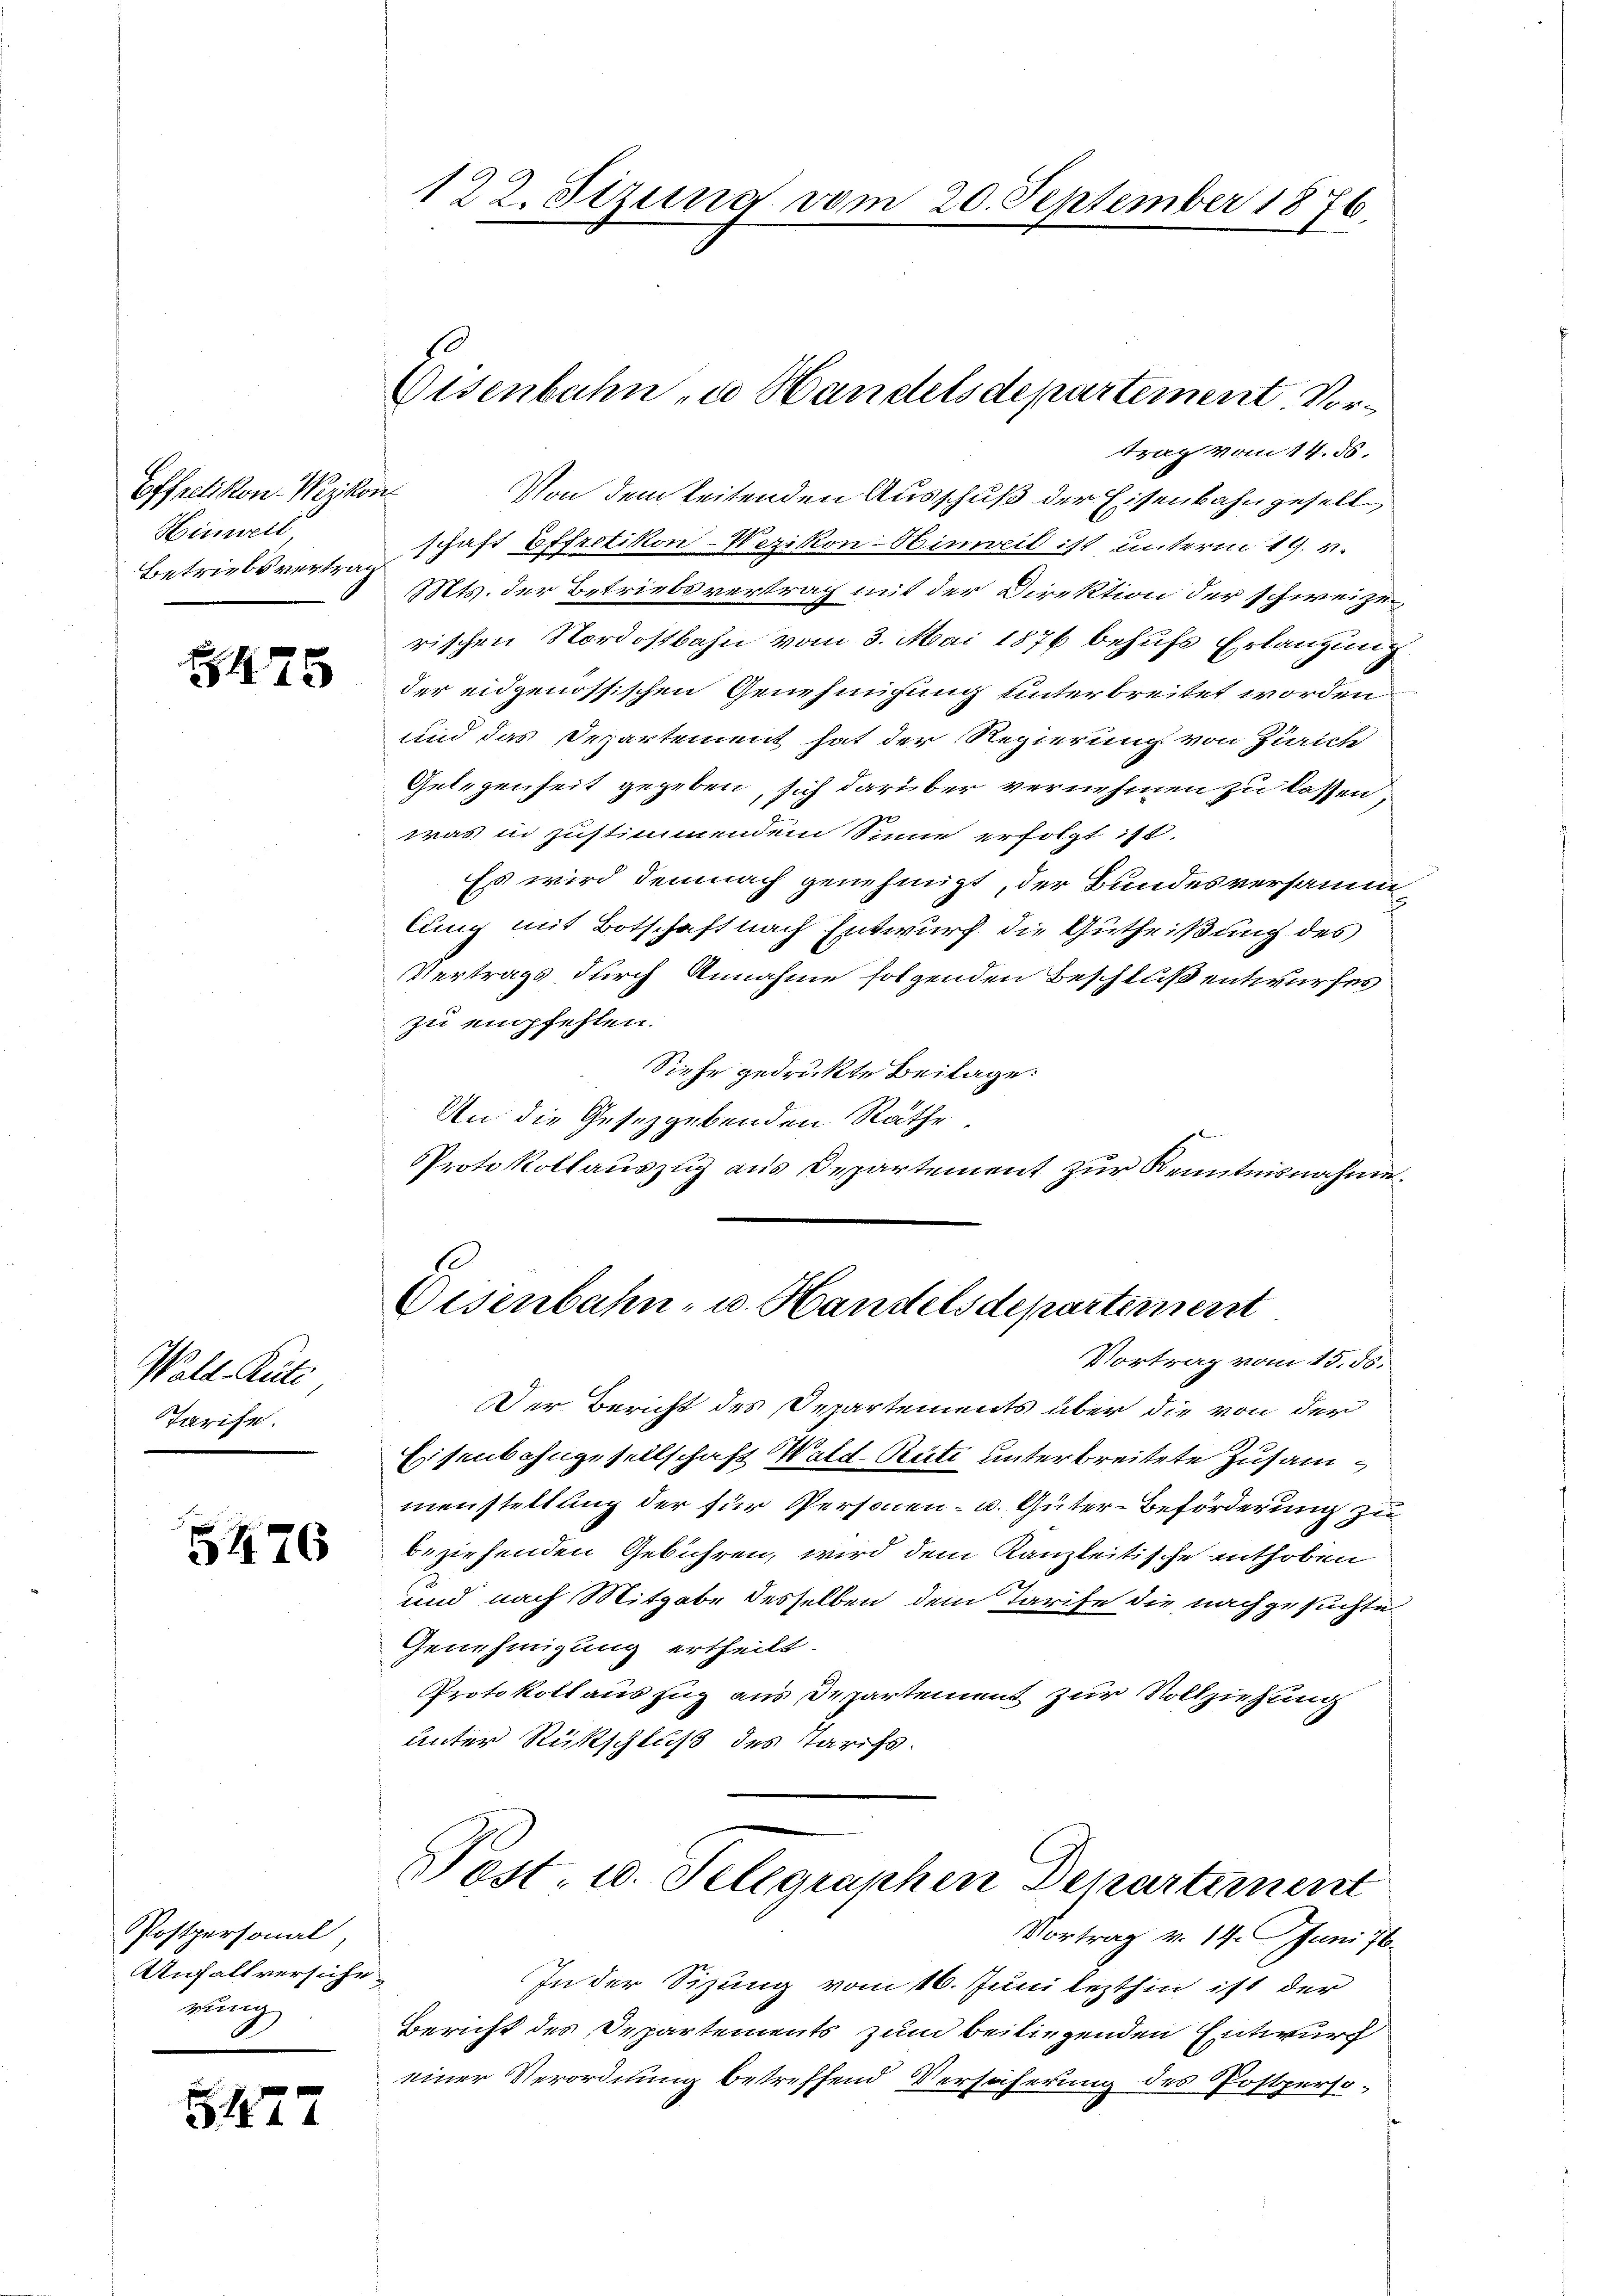
Effretikon-Weykon
Hinweil
Betriebsvertrag

8475

Wald-Rüti,
Tarife.

5476

Postpersonal,
Anfallversicheübung

5427

trag vom 14. ds.
Von dem leitenden Ausschuß der Eisenbahngesell,
schaft Effretikon-Wezikon: Hinweil ist unterm 19. v.
Mts. der Betriebsvertrag mit der Direktion der schweizerischen Nordostbahn vom 3. Mai 1876 behufs Erlangung
der eidgenössischen Genehmigung unterbreitet worden,
und das Departement hat der Regierung von Zürich
Gelegenheit gegeben, sich darüber vernehmen zu lassen,
was in zustimmendem Sinne erfolgt ist.
Es wird demnach genehmigt, der Bundesversamm
lung mit Botschaft nach Entwurf die Gutheißung des
Vertrags durch Annahme folgenden Beschluß entwurfes
zu empfehlen.
Siehe gedruckte Beilage.
An die Gesetzgebenden Räthe
Protokollauszug aus Departement zur Kenntnisnahme.

122. Stzung vom 20. September 1876.

Eisenbahn u Handelsdepartement Vor¬

Eisenbahn- u. Handelsdepartement

Vortrag vom 15. 55.
Der Bericht des Departements über die von der
Eisenbahngesellschaft Wald–Rüti unterbreitete Zusammenstellung der für Personen- u. Güter-Beförderung zu
beziehenden Gebühren, wird dem Kanzleitische enthoben
und nach Mitgabe desselben dem Tarife die nachgesuchte
Genehmigung ertheilt.
Protokoll aus zug aus Departement zur Vollziehung
unter Rückschluß des Tarifs.
Post u. Selegraphen Departement
Vortrag v. 14. Juni 76.
In der Sizung vom 16. Juni lezthin ist der
Bericht des Departements zum beiliegenden Entwurf
einer Verordnung betreffend Verhäferung des Postperso¬